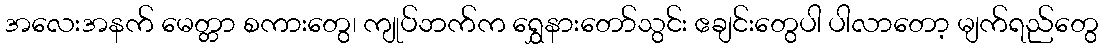
အလေးအနက် မေတ္တာ စကားတွေ၊ ကျုပ်ဘက်က ရွှေနားတော်သွင်း ဧချင်းတွေပါ ပါလာတော့ မျက်ရည်တွေ